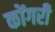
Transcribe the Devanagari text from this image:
कोंगरी